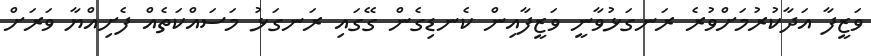
ވަޒީފާ އަދާކުރުމަށްވުރެ ރަނގަޅުވާނީ ވަޒީފާއިން ކެނޑިގެން ގޭގައި ރަނގަޅު މަސައްކަތެއް ފެށިއްޔާ ވަރަށް